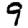
Digit: 9